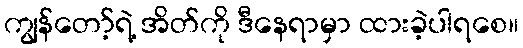
ကျွန်တော့်ရဲ့ အိတ်ကို ဒီနေရာမှာ ထားခဲ့ပါရစေ။